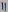
Text: 11